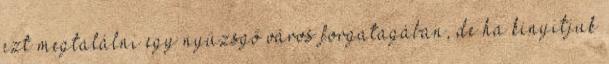
ezt megtalálni egy nyüzsgő város forgatagában, de ha kinyitjuk